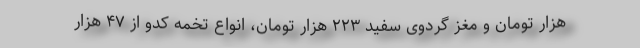
هزار تومان و مغز گردوی سفید ۲۲۳ هزار تومان، انواع تخمه کدو از ۴۷ هزار